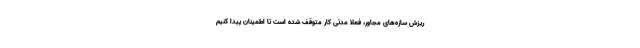
ریزش سازه‌های مجاور، فعلا مدتی کار متوقف شده است تا اطمینان پیدا کنیم